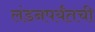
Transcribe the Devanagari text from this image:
लंडनपर्यंतची